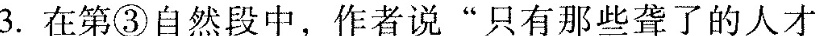
3.在第③自然段中，作者说“只有那些聋了的人才